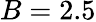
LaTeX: B=2.5